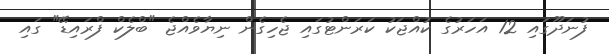
ފުނަދޫގައި 12 އަހަރުގެ ކުއްޖަކު ކަރަންޓުގައި ޖެހިގެން ނިޔާވެއްޖެ "ބްލެކް ފްރައިޑޭ" ގައި